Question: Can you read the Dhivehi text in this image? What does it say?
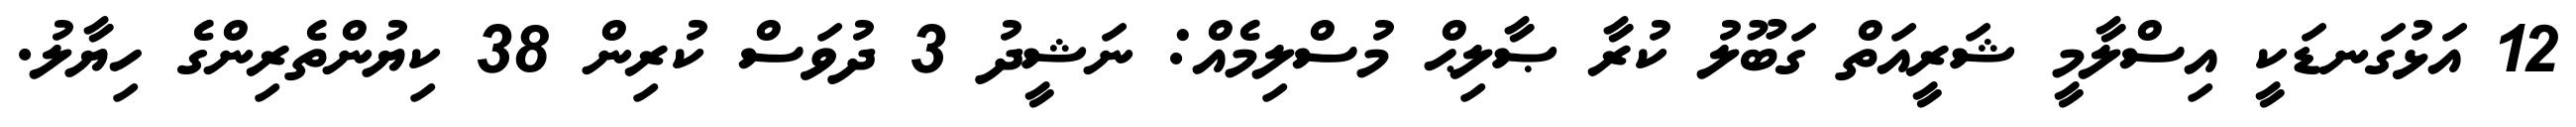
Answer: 12 އަޅުގަނޑަކީ އިސްލާމީ ޝަރީއަތް ގަބޫލު ކުރާ ޞާލިޙް މުސްލިމެއް: ނަޝީދު 3 ދުވަސް ކުރިން 38 ކިޔުންތެރިންގެ ހިޔާލު.